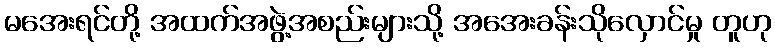
မအေးရင်တို့ အထက်အဖွဲ့အစည်းများသို့ အအေးခန်းသိုလှောင်မှု တူဟု